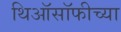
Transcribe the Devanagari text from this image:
थिऑसॉफीच्या